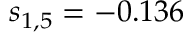
s _ { 1 , 5 } = - 0 . 1 3 6